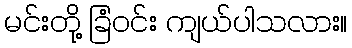
မင်းတို့ ခြံဝင်း ကျယ်ပါသလား။